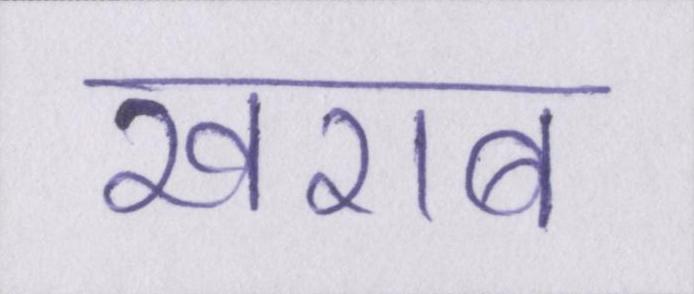
खराब